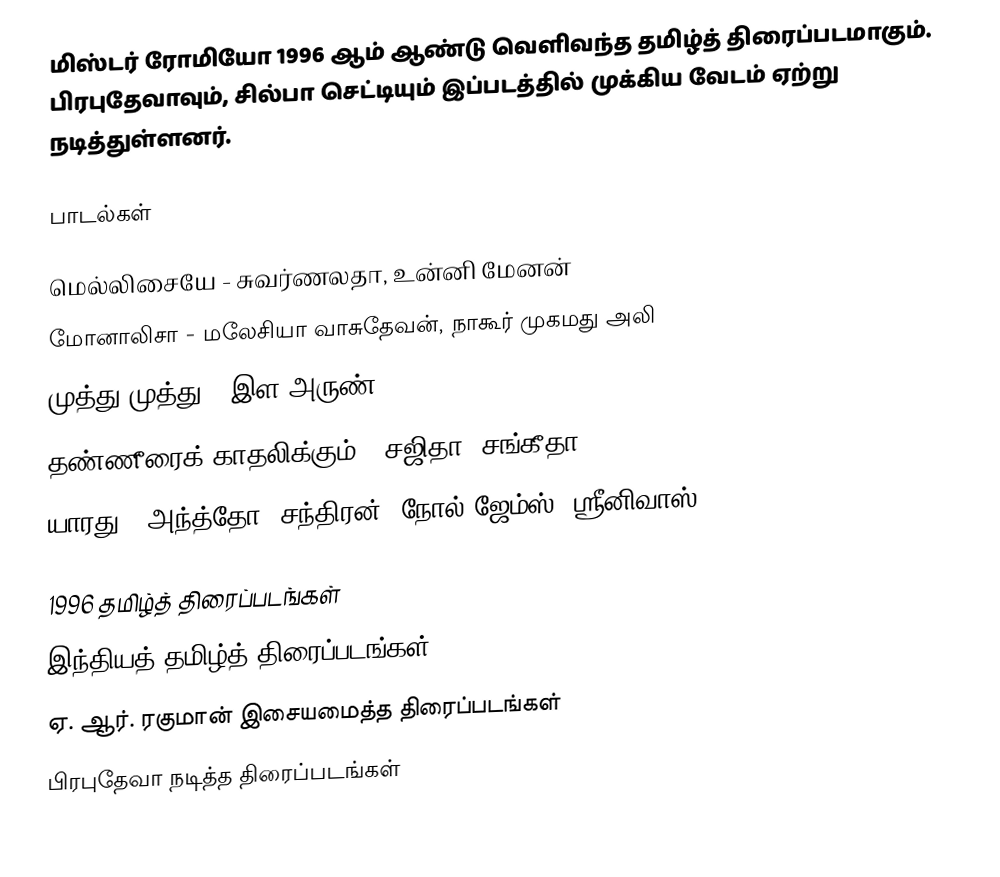
மிஸ்டர் ரோமியோ 1996 ஆம் ஆண்டு வெளிவந்த தமிழ்த் திரைப்படமாகும். பிரபுதேவாவும், சில்பா செட்டியும் இப்படத்தில் முக்கிய வேடம் ஏற்று நடித்துள்ளனர்.

பாடல்கள்

 மெல்லிசையே - சுவர்ணலதா, உன்னி மேனன்
 மோனாலிசா - மலேசியா வாசுதேவன், நாகூர் முகமது அலி
 முத்து முத்து - இள அருண்
 தண்ணீரைக் காதலிக்கும் - சஜிதா, சங்கீதா
 யாரது - அந்த்தோ, சந்திரன், நோல் ஜேம்ஸ், ஸ்ரீனிவாஸ்

1996 தமிழ்த் திரைப்படங்கள்
இந்தியத் தமிழ்த் திரைப்படங்கள்
ஏ. ஆர். ரகுமான் இசையமைத்த திரைப்படங்கள்
பிரபுதேவா நடித்த திரைப்படங்கள்